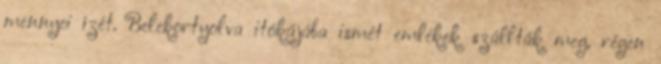
mennyei ízét. Belekortyolva itókájába ismét emlékek szállták meg, régen